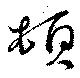
頓